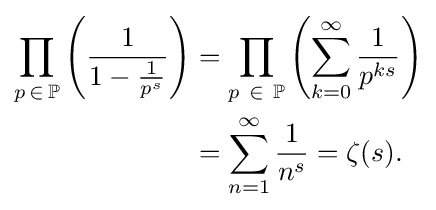
{\begin{aligned}\prod _{p\,\in \,\mathbb {P} }\left({\frac {1}{1-{\frac {1}{p^{s}}}}}\right)&=\prod _{p\ \in \ \mathbb {P} }\left(\sum _{k=0}^{\infty }{\frac {1}{p^{ks}}}\right)\\&=\sum _{n=1}^{\infty }{\frac {1}{n^{s}}}=\zeta (s).\end{aligned}}